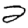
Digit: 2